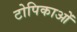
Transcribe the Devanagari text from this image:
टोपिकाओं